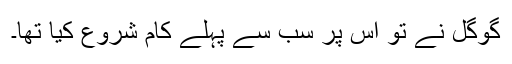
گوگل نے تو اس پر سب سے پہلے کام شروع کیا تھا۔